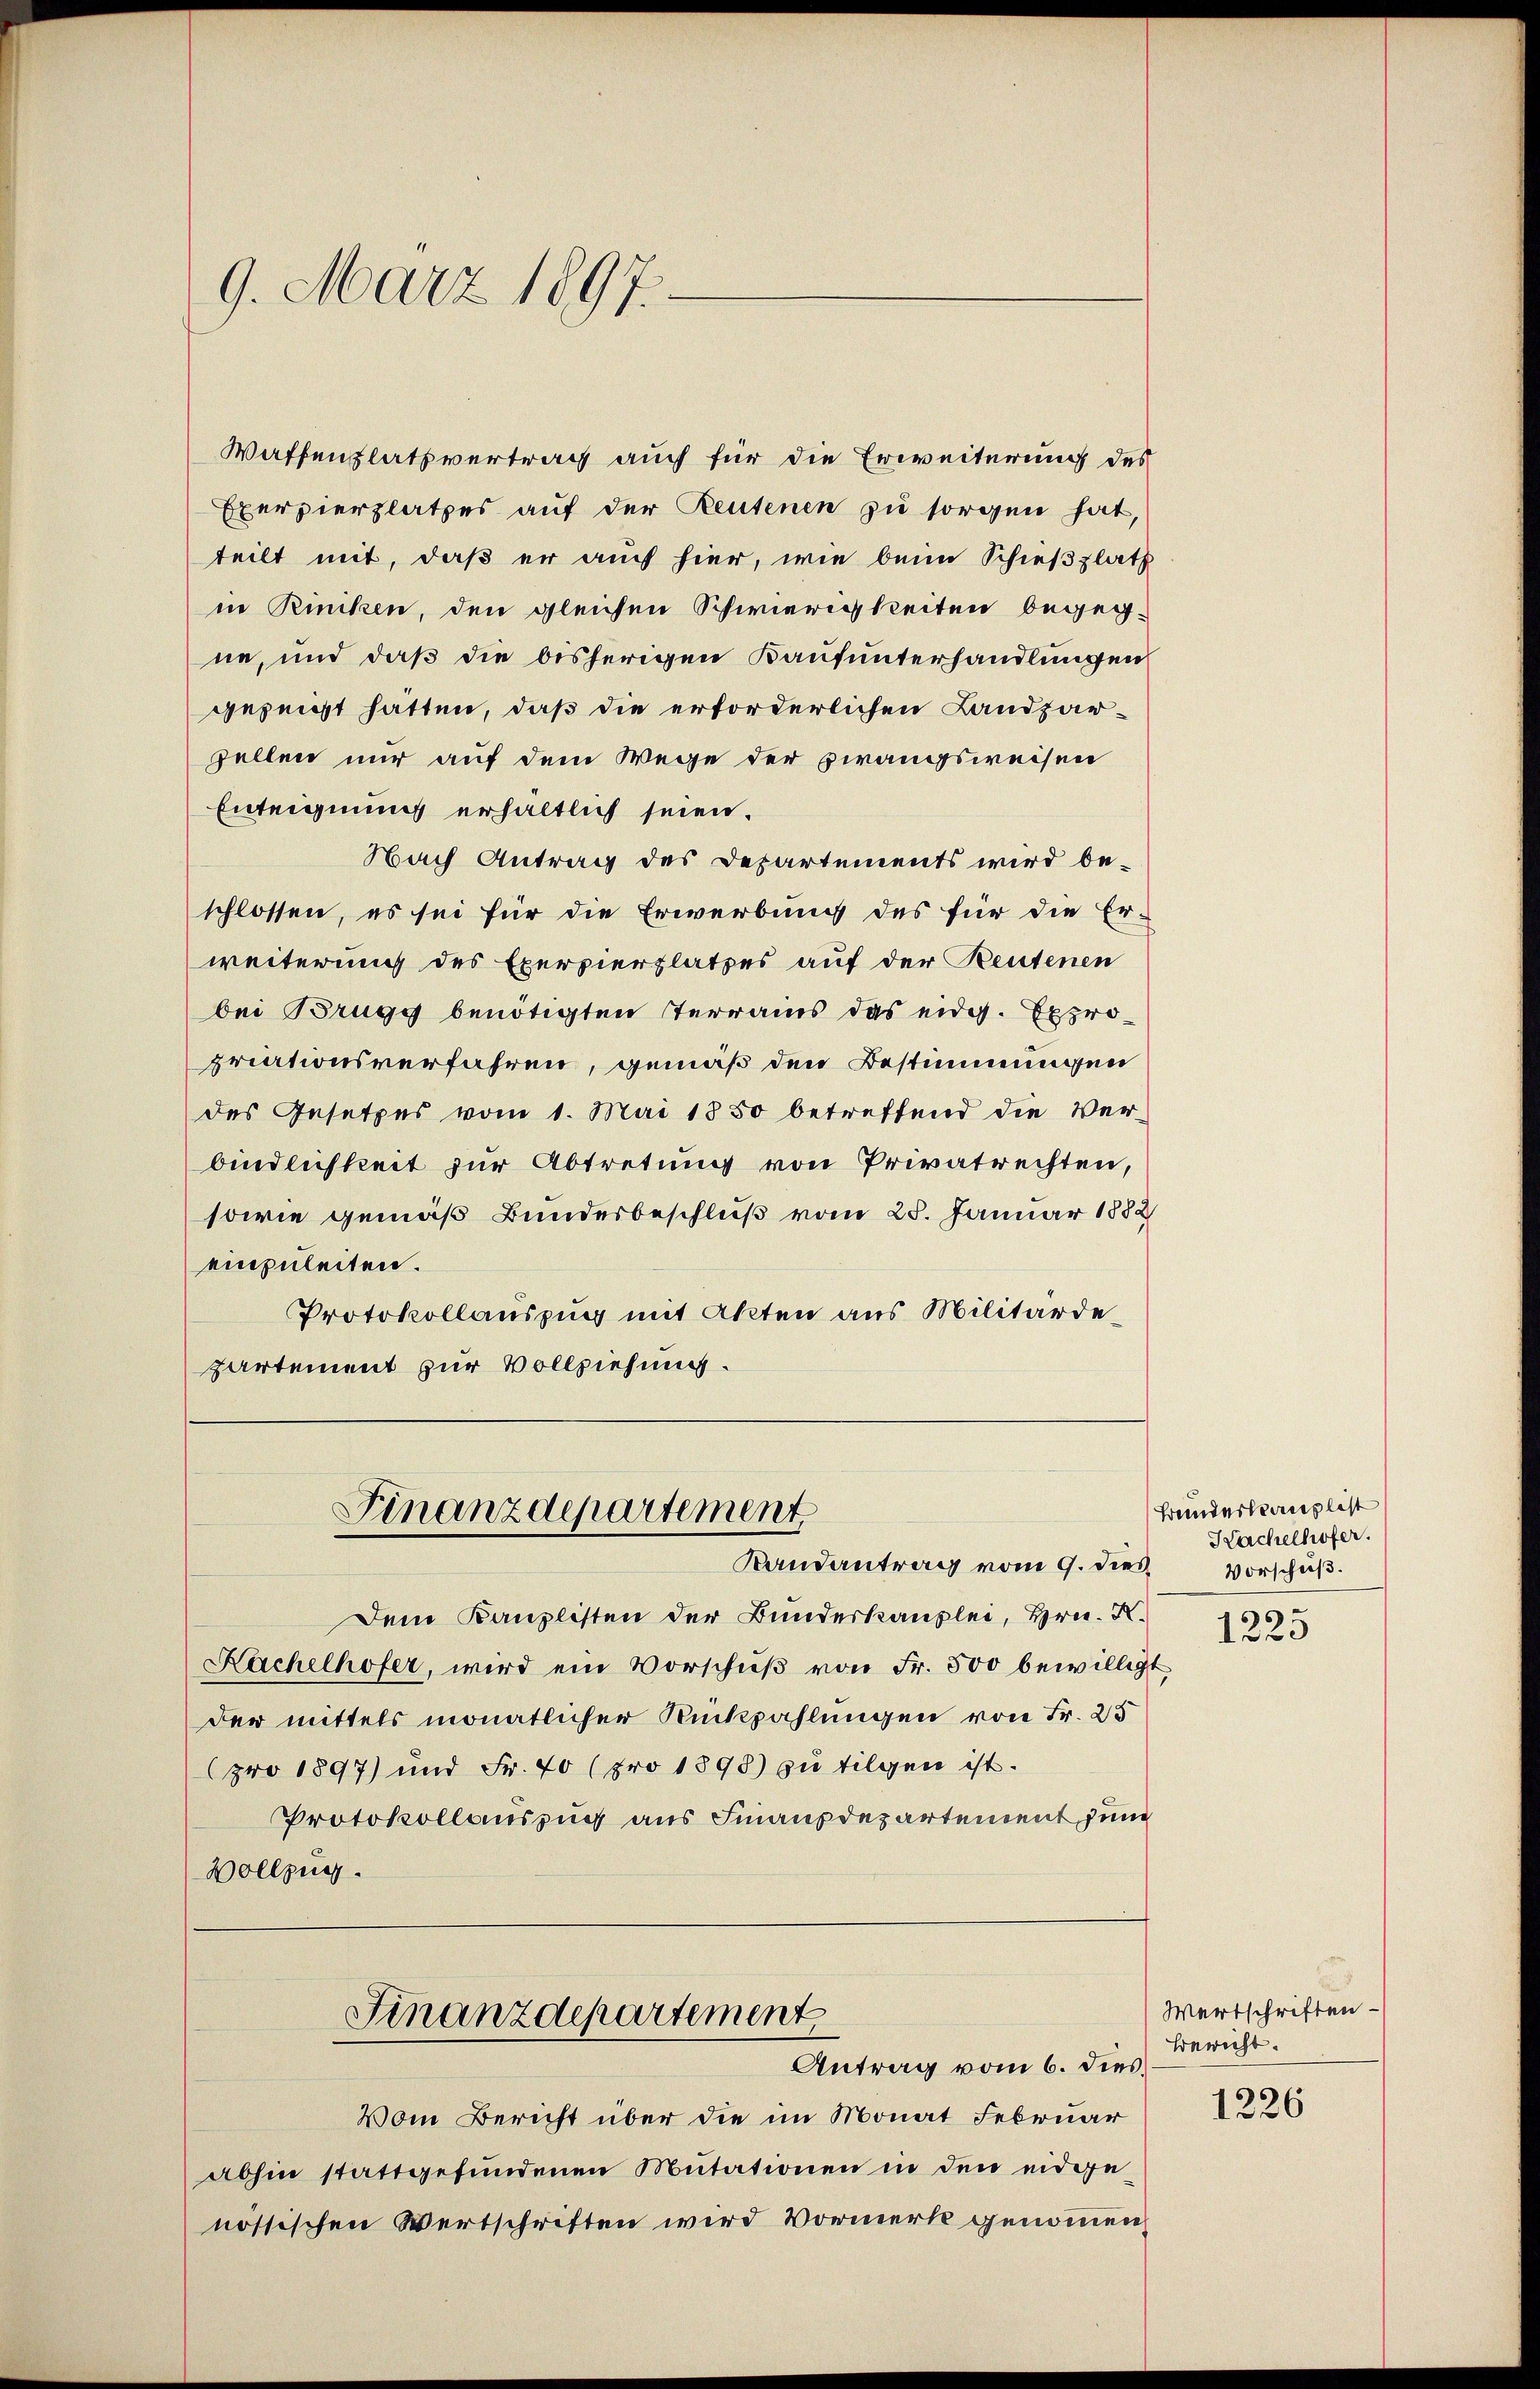
Waffenplatsvertrag auch für die Erweiterung des
Exerzierplatzes auf der Reutenen zu sorgen hat,
teilt mit, daß er auch hier, wie beim Schießplatz
ne Riniken, den gleichen Schwierigkeiten begegne, und daß die bisherigen Kaufunterhandlungen
gezeigt hätten, daß die erforderlichen Landzarzellen nur auf dem Wege der Zwangsweisen
Enteignung erhältlich seien.
Nach Antrag des Departements wird be-
schlossen, es sei für die Erwerbung des für die Er-
weiterung des Exerzierplatzes auf der Reutenen
bei Brugg benötigten sterrains das eidg. Expropriationsverfahren, gemäß den Bestimmungen
des Gesetzes vom 1. Mai 1850 betreffend die Ver-
bindlichkeit zur Abtretung von Privatrechten,
sowie gemäß Bundesbeschluß vom 25. Januar 1882
einzuleiten.
Protokollauszug mit Akten aus Militärdepartement zur Vollziehung.

9. März 1897.

Finanzdepartement
Randantrag vom 9. dies

Dem Kanzlisten der Bunderkanzlei, Hrn. X.
Kachelhofer, wird ein Vorschŭβ von Fr. 500 bewilligt.
der mittels monatlicher Rückzahlungen von Fr. 25
(pro 1897) und Fr. 40 (pro 1898) zu tilgen ist.
Protokollauszug aus Finanzdepartement jun
Vollzug.
Finanzdepartement
Antrag vom 6. dies
Vom Bericht über die im Monat Februar
abhin stattgefundenen Mutationen in den eidgenössischen Wertschriften wird Vormerk genommen

Bundeskanzlist
Kachelhofer.
Vorschuß.
1225

Wertschriften.
Bericht.

1226